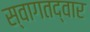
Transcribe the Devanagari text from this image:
स्वागतद्वार